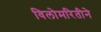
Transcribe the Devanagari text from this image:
विलोमरितीने